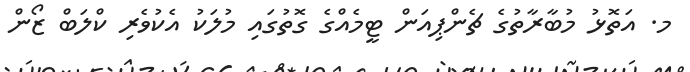
މ. އަތޮޅު މުބާރާތުގެ ޗެންޕިއަން ޓީމެއްގެ ގޮތުގައި މުލަކު އެކުވެރި ކްލަބް ޒޯން